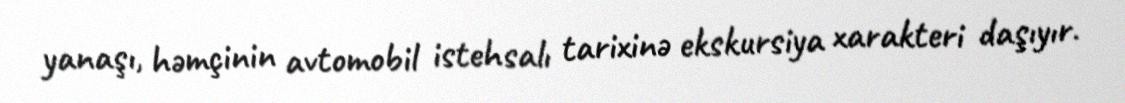
yanaşı, həmçinin avtomobil istehsalı tarixinə ekskursiya xarakteri daşıyır.